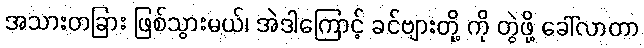
အသားတခြား ဖြစ်သွားမယ်၊ အဲဒါကြောင့် ခင်ဗျားတို့ ကို တွဲဖို့ ခေါ်လာတာ